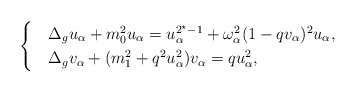
\begin{align*}\begin{cases}&\Delta_g u_\alpha+m_0^2 u_\alpha=u_\alpha^{2^\star-1}+\omega_\alpha^2(1-qv_\alpha)^2 u_\alpha,\\&\Delta_g v_\alpha+(m_1^2+q^2u_\alpha^2) v_\alpha= q u_\alpha^2,\end{cases}\end{align*}